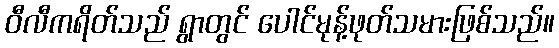
ဝီလီကရိတ်သည် ရွာတွင် ပေါင်မုန့်ဖုတ်သမားဖြစ်သည်။